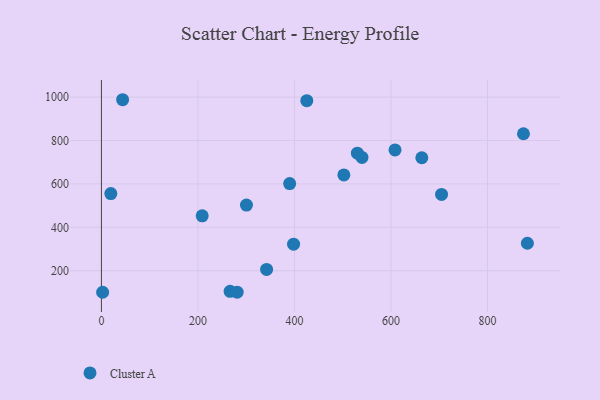
{"axis": {"x": "Investment", "y": "Fuel Efficiency"}, "legend": ["Cluster A"], "data": [{"x": "425.5", "y": 983.6, "type": "Cluster A"}, {"x": "882.5", "y": 326.9, "type": "Cluster A"}, {"x": "43.9", "y": 988.0, "type": "Cluster A"}, {"x": "502.3", "y": 641.4, "type": "Cluster A"}, {"x": "208.8", "y": 453.3, "type": "Cluster A"}, {"x": "266.6", "y": 105.3, "type": "Cluster A"}, {"x": "530.3", "y": 741.9, "type": "Cluster A"}, {"x": "608.3", "y": 756.7, "type": "Cluster A"}, {"x": "398.1", "y": 322.5, "type": "Cluster A"}, {"x": "539.9", "y": 722.1, "type": "Cluster A"}, {"x": "2.5", "y": 101.0, "type": "Cluster A"}, {"x": "390.0", "y": 601.6, "type": "Cluster A"}, {"x": "342.2", "y": 206.3, "type": "Cluster A"}, {"x": "281.2", "y": 101.3, "type": "Cluster A"}, {"x": "663.8", "y": 720.7, "type": "Cluster A"}, {"x": "19.5", "y": 555.9, "type": "Cluster A"}, {"x": "874.4", "y": 831.2, "type": "Cluster A"}, {"x": "704.7", "y": 551.9, "type": "Cluster A"}, {"x": "300.5", "y": 502.5, "type": "Cluster A"}]}